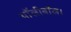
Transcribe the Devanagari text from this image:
वॉलीबॉल।